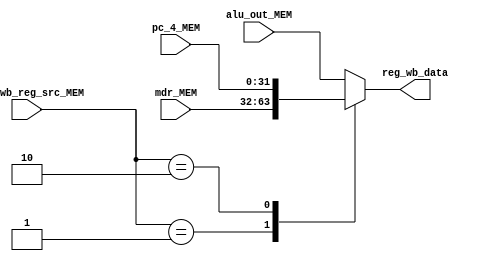
module WB(
        input [31: 0]       pc_4_MEM,
        input [31: 0]       alu_out_MEM,
        input [31: 0]       mdr_MEM,
        input [1: 0]        ctrl_wb_reg_src_MEM,
        output reg [31: 0]  reg_wb_data
    );

    always @(*) begin
        //  control 
        case (ctrl_wb_reg_src_MEM)
            2'b01:
                reg_wb_data = mdr_MEM;
            2'b10:
                reg_wb_data = pc_4_MEM;
            default:
                reg_wb_data = alu_out_MEM;
        endcase
    end

endmodule